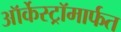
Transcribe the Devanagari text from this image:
ऑर्केस्ट्रॉमार्फत